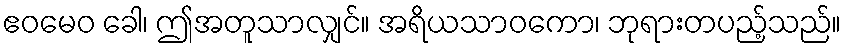
ဧဝမေဝ ခေါ၊ ဤအတူသာလျှင်။ အရိယသာဝကော၊ ဘုရားတပည့်သည်။